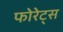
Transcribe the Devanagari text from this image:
फोरेट्स